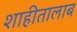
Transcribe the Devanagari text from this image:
शाहीतालाब